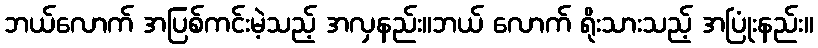
ဘယ်လောက် အပြစ်ကင်းမဲ့သည့် အလှနည်း။ဘယ် လောက် ရိုးသားသည့် အပြုံးနည်း။